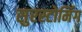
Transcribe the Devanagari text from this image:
सुरस्टोमिंग